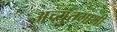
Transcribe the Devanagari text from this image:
अच्युतगामी